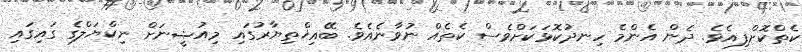
ކެތްކޮށްފިއެވެ. ދެން އެންމެ ހިނދުކޮޅަކަށްވެސް ކެތެއް ނުވާނެއެވެ. ބޭއިޚްތިޔާރުގައި މިއުޝީނަށް ނިކްޔަލްގެ ގައިގައި